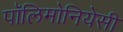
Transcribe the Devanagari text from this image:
पॉलिमोनियेसी